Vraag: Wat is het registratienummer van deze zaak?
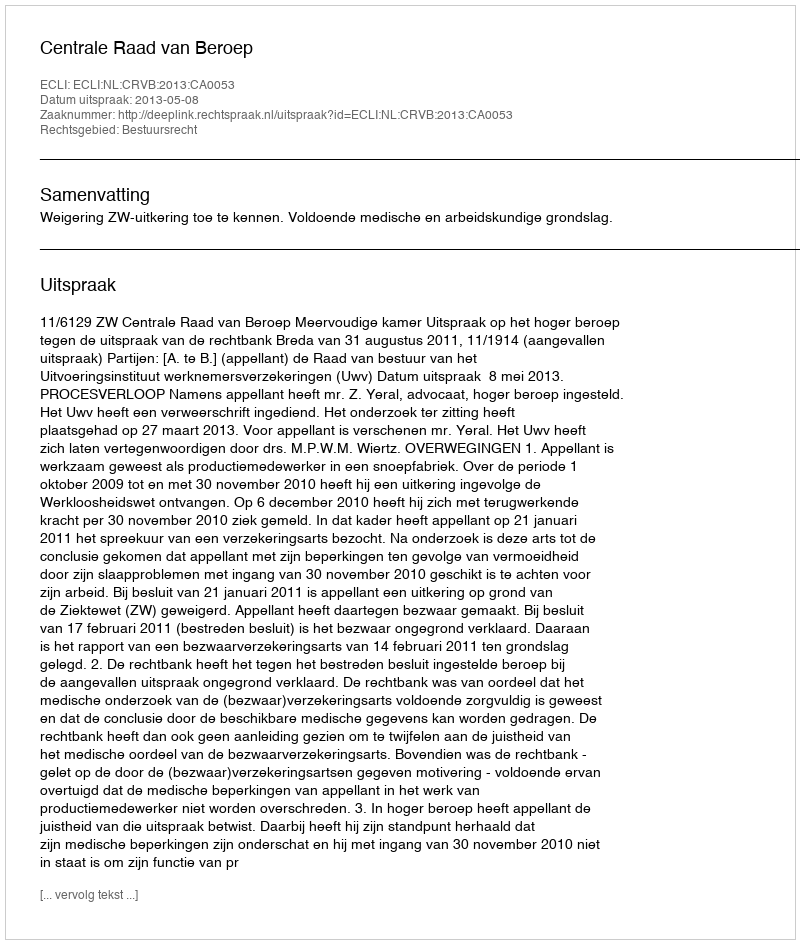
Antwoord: http://deeplink.rechtspraak.nl/uitspraak?id=ECLI:NL:CRVB:2013:CA0053